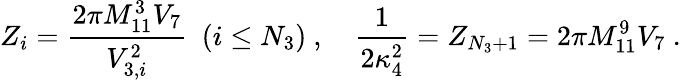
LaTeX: Z_{i}=\frac{2\pi M_{11}^{3}V_{7}}{V_{3,i}^{2}}\ \ (i\leq N_{3})\ ,\quad\frac{1}{2\kappa_{4}^{2}}=Z_{N_{3}+1}={2\pi M_{11}^{9}V_{7}}\ .